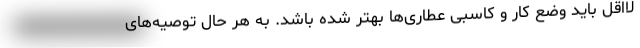
لااقل باید وضع کار و کاسبی عطاری‌ها بهتر شده باشد. به هر حال توصیه‌های